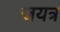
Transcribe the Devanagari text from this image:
जयत्र